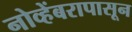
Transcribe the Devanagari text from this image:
नोव्हेंबरापासून